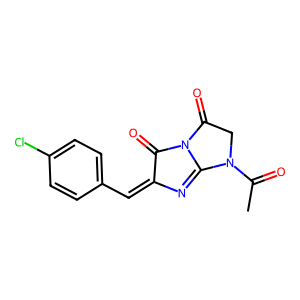
SMILES: CC(=O)N1CC(=O)N2C(=O)C(=Cc3ccc(Cl)cc3)N=C12
Inhibits HIV replication: No